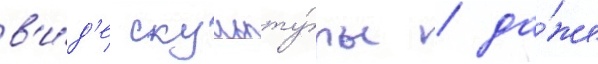
в'и́д'е скульпту́ры / да́же